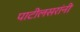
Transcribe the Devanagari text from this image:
पाटीलसरांनी